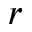
r